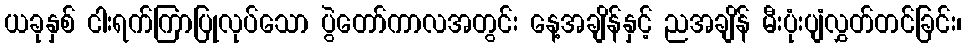
ယခုနှစ် ငါးရက်ကြာပြုလုပ်သော ပွဲတော်ကာလအတွင်း နေ့အချိန်နှင့် ညအချိန် မီးပုံးပျံလွှတ်တင်ခြင်း၊